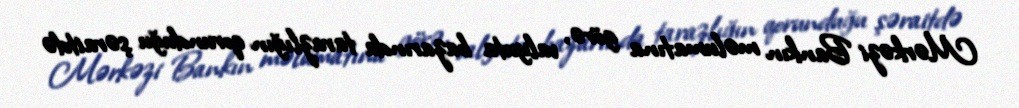
Mərkəzi Bankın məlumatına görə, valyuta bazarında tarazlığın qorunduğu şəraitdə